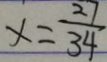
x = \frac { 2 7 } { 3 4 }